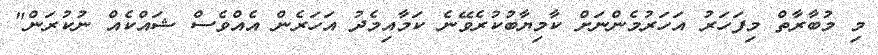
މި މުބާރާތް މިފަހަރު އަހަރުމެންނަށް ކާމިޔާބުކުރެވޭނެ ކަމާއިމެދު އަހަރެން އެއްވެސް ޝައްކެއް ނުކުރަން"